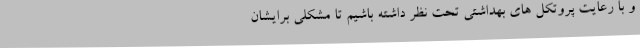
و با رعایت پروتکل های بهداشتی تحت نظر داشته باشیم تا مشکلی برایشان